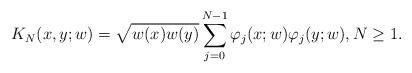
LaTeX: \begin{align*} K_N(x,y;w) = \sqrt{w(x) w(y)} \sum_{j=0}^{N-1} \varphi_{j}(x;w) \varphi_j(y;w),N\geq 1. \end{align*}